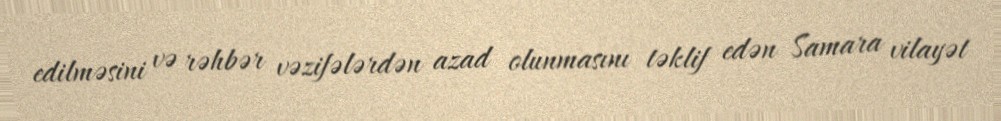
edilməsini və rəhbər vəzifələrdən azad olunmasını təklif edən Samara vilayət